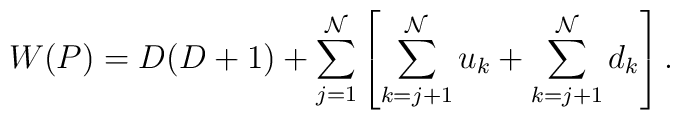
W(P) = D(D+1) + \sum_{j=1}^{\cal N} \left[\sum_{k=j+1}^{\cal N} u_k + \sum_{k=j+1}^{\cal N} d_k \right].